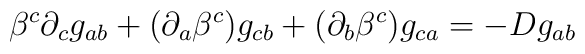
\beta^{c}\partial_{c}g_{ab} +(\partial_{a}\beta^{c})g_{cb} + (\partial_{b}\beta^{c} )g_{ca} = -Dg_{ab}